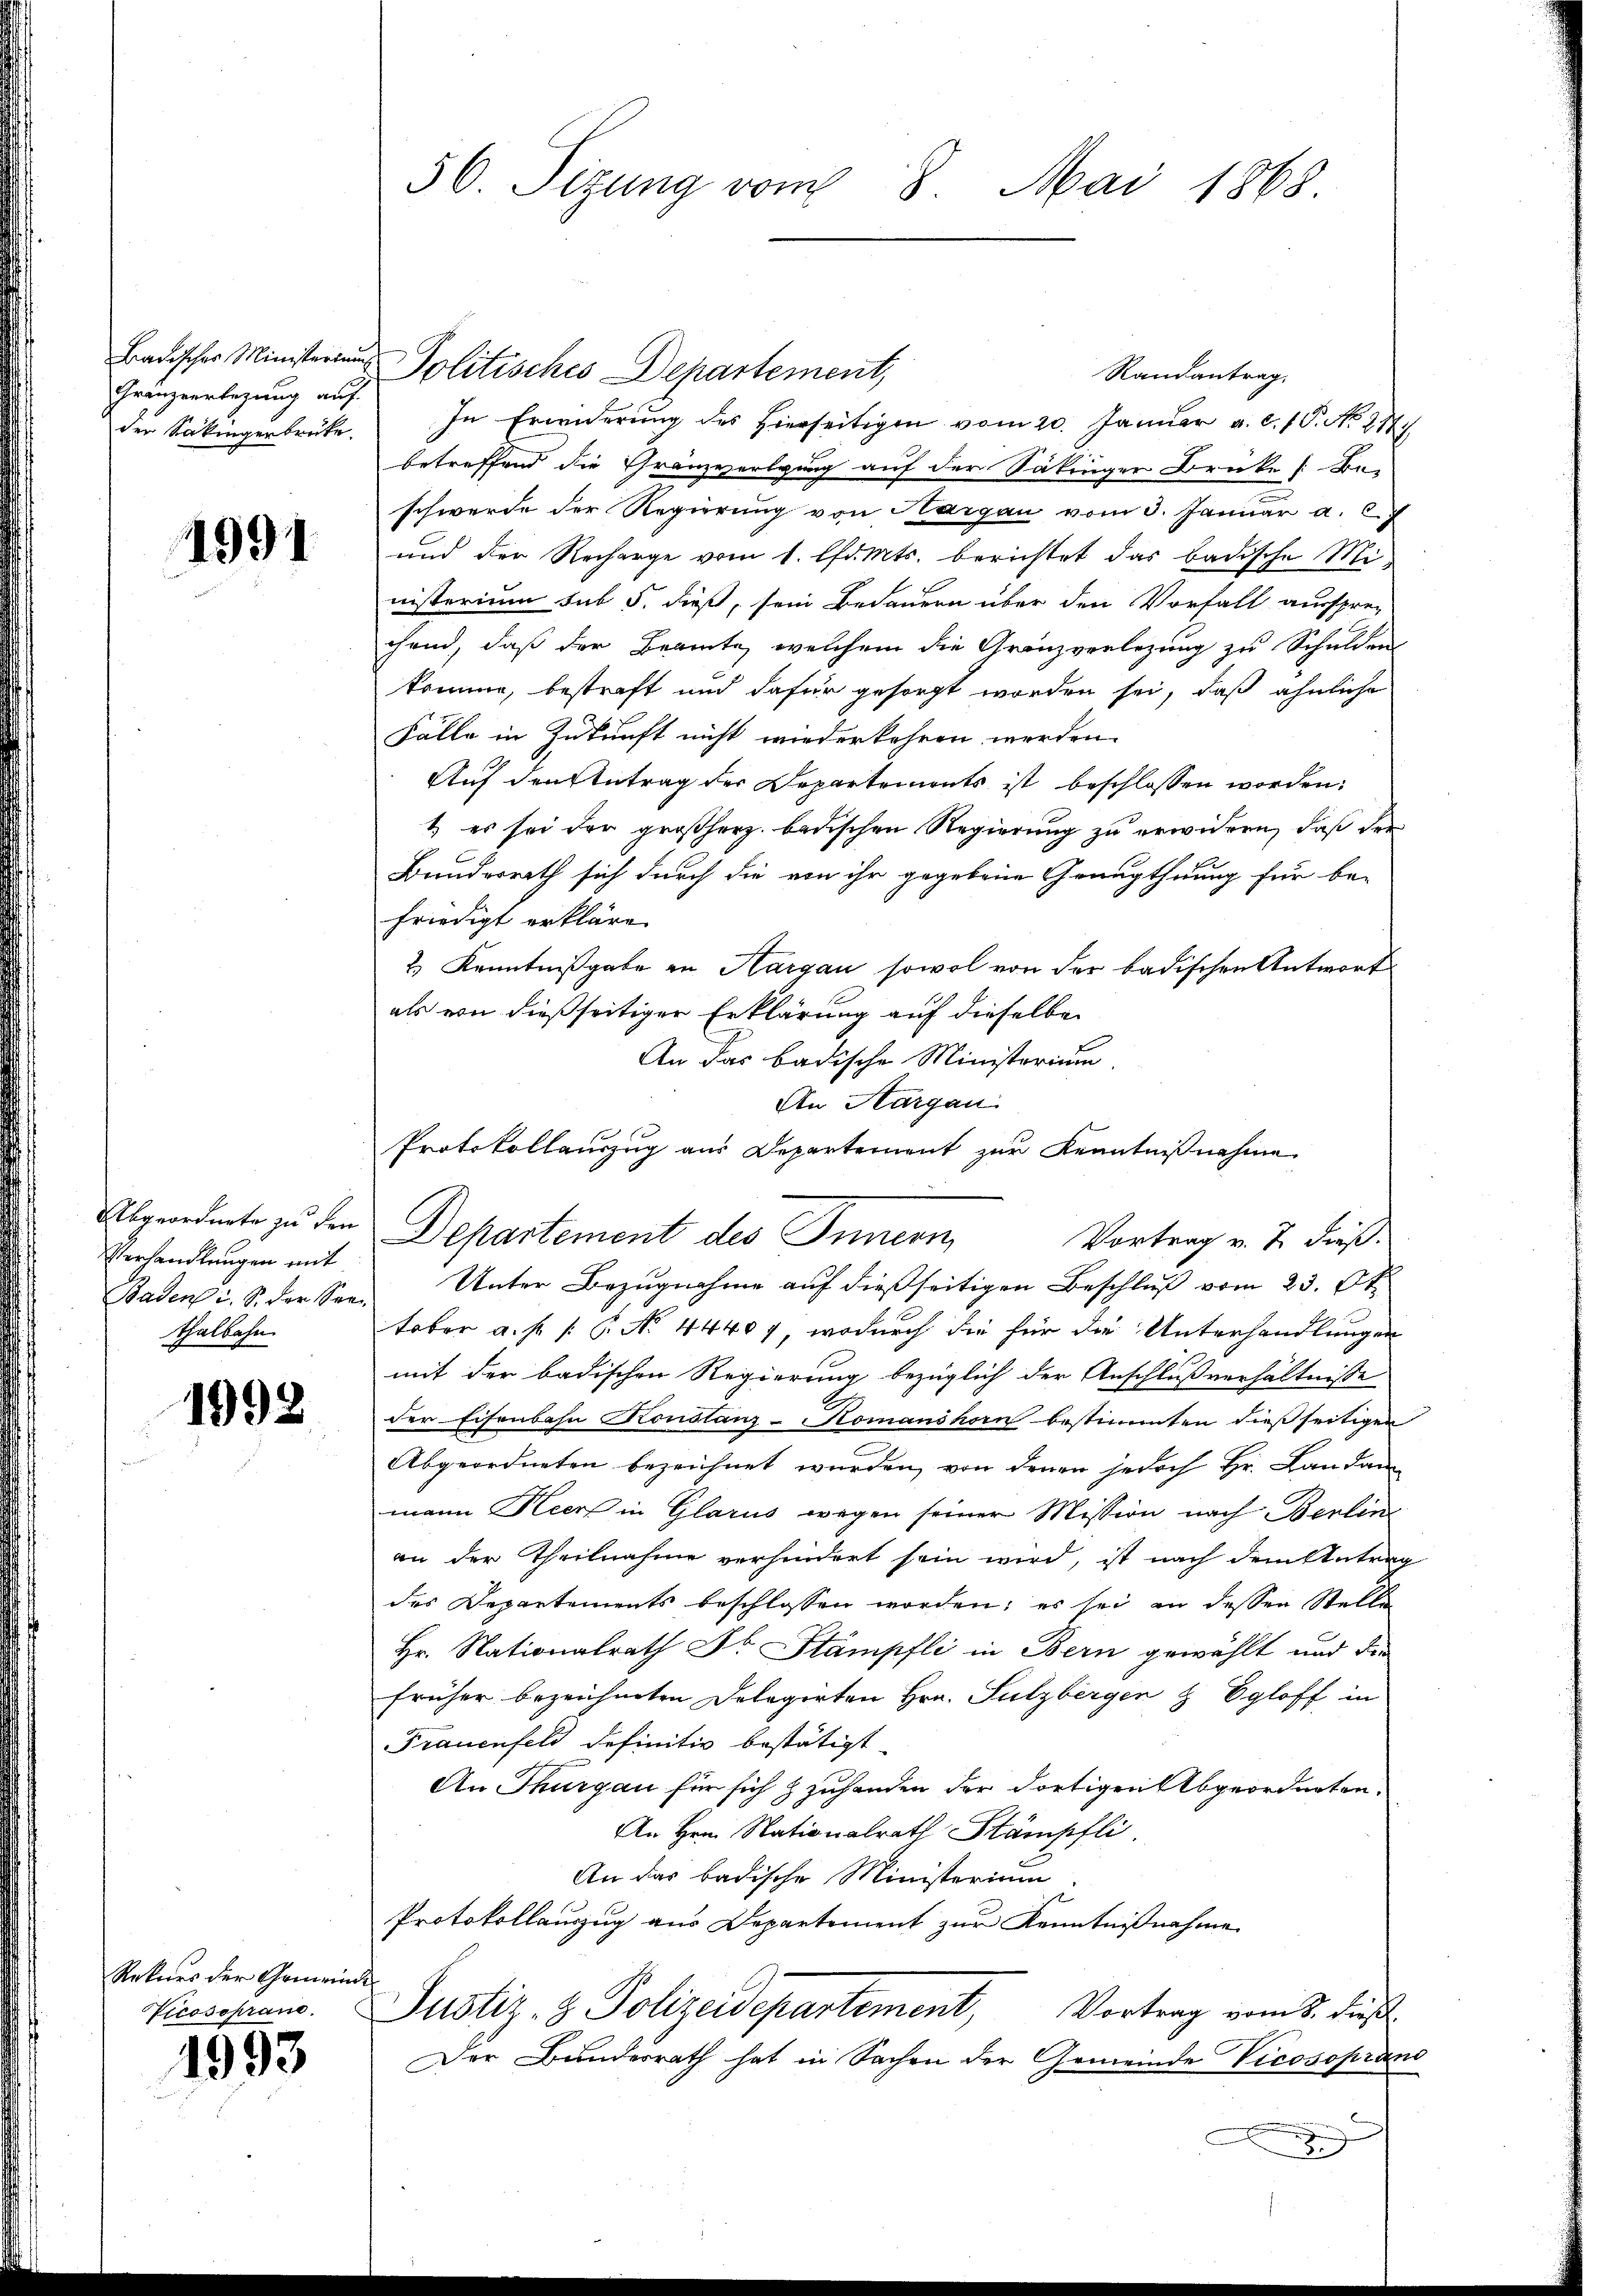
der Säkingenbrücke.

1991

Verhandlungen mit
thalbahn.

1992

Rekurs der Gemeinde

1993

Badischer Ministerium Politisches Departement,
Randantrag.
Gränzverlegung auf. In Erwiderung des hierseitigen vom 20. Januar a. c. 1. No. 277.
betreffend die Gränzvorlgung auf der Säkinger Brüke [Be-
schwerde der Regierung von Aargau vom 3. Januar a. c.
und der Recharge vom 1. lfd. Mts. berichtet das badische Ministerium sub 5. dieß, sein Bedauern über den Vorfall aussprec
chend, daß der Beamte, welchem die Gränzverlegung zu Schulden
komme, bestraft und dafür gesorgt worden sei, daß ähnliche
Fälle in Zukunft nicht wiederkehren werden.
Auf den Antrag der Departements ist beschlossen worden.
1) es sei der großherz. badischen Regierung zu erwidern, daß der
Bundesrath sich durch die von ihr gegebene Graugthuung für be-
friedigt erkläre.
2.) Kenntnißgabe in Hargau sowol von der badischen Antwort
als von dießseitiger Erklärung auf dieselbe
An das badische Ministerium,
An Aargau.
Protokollauszug aus Departement zur Kenntnißnahme
Abgeordnete zu den Departement des Innern
Baden i. S. der Sees Unter Bezŭgnahme aŭf dießseitigen Beschlŭβ vom 23. Okt
tober a. f. (: P. No. 44407, wodurch die für die Unterhandlungen
mit der badischen Regierung bezüglich der Anschlußverhältnisse
E
der Eisenbahn Konstanz-Nomanshorn bestimmten dießseitiger
Abgeordneten bezeichnet wurden, von denen jedoch Hr. Landan
mann Heer in Glarus wegen seiner Mission nach Berlin
an der Theilnahme verhindert sein wird, ist nach dem Antrag
des Departements beschlossen worden; es sei an dessen Stell
Hr. Nationalrath Dr. Stämpfli in Bern gewählt und die
früher bezeichneten Delegirten Hrn. Sulzbergen & Egloff in
Frauenfeld definitiv bestätigt
An Thurgau für sich zuhanden der dortigen Abgeordneten.
An Hrn. Nationalrath Stämpfli
An das badische Ministerium
Protokollauszug aus Departement zur Kenntnißnahme
Vicosasans Justiz- & Polizeidepartement,
Vortrag vom 8. dieß.
Der Bundesrath hat in Sachen der Gemeinde Vicosoprand
u

56. Sizung vom 8. Mai 1868.

Vortrag v. J. dieß.